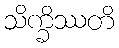
သိက္ခိဿတိ